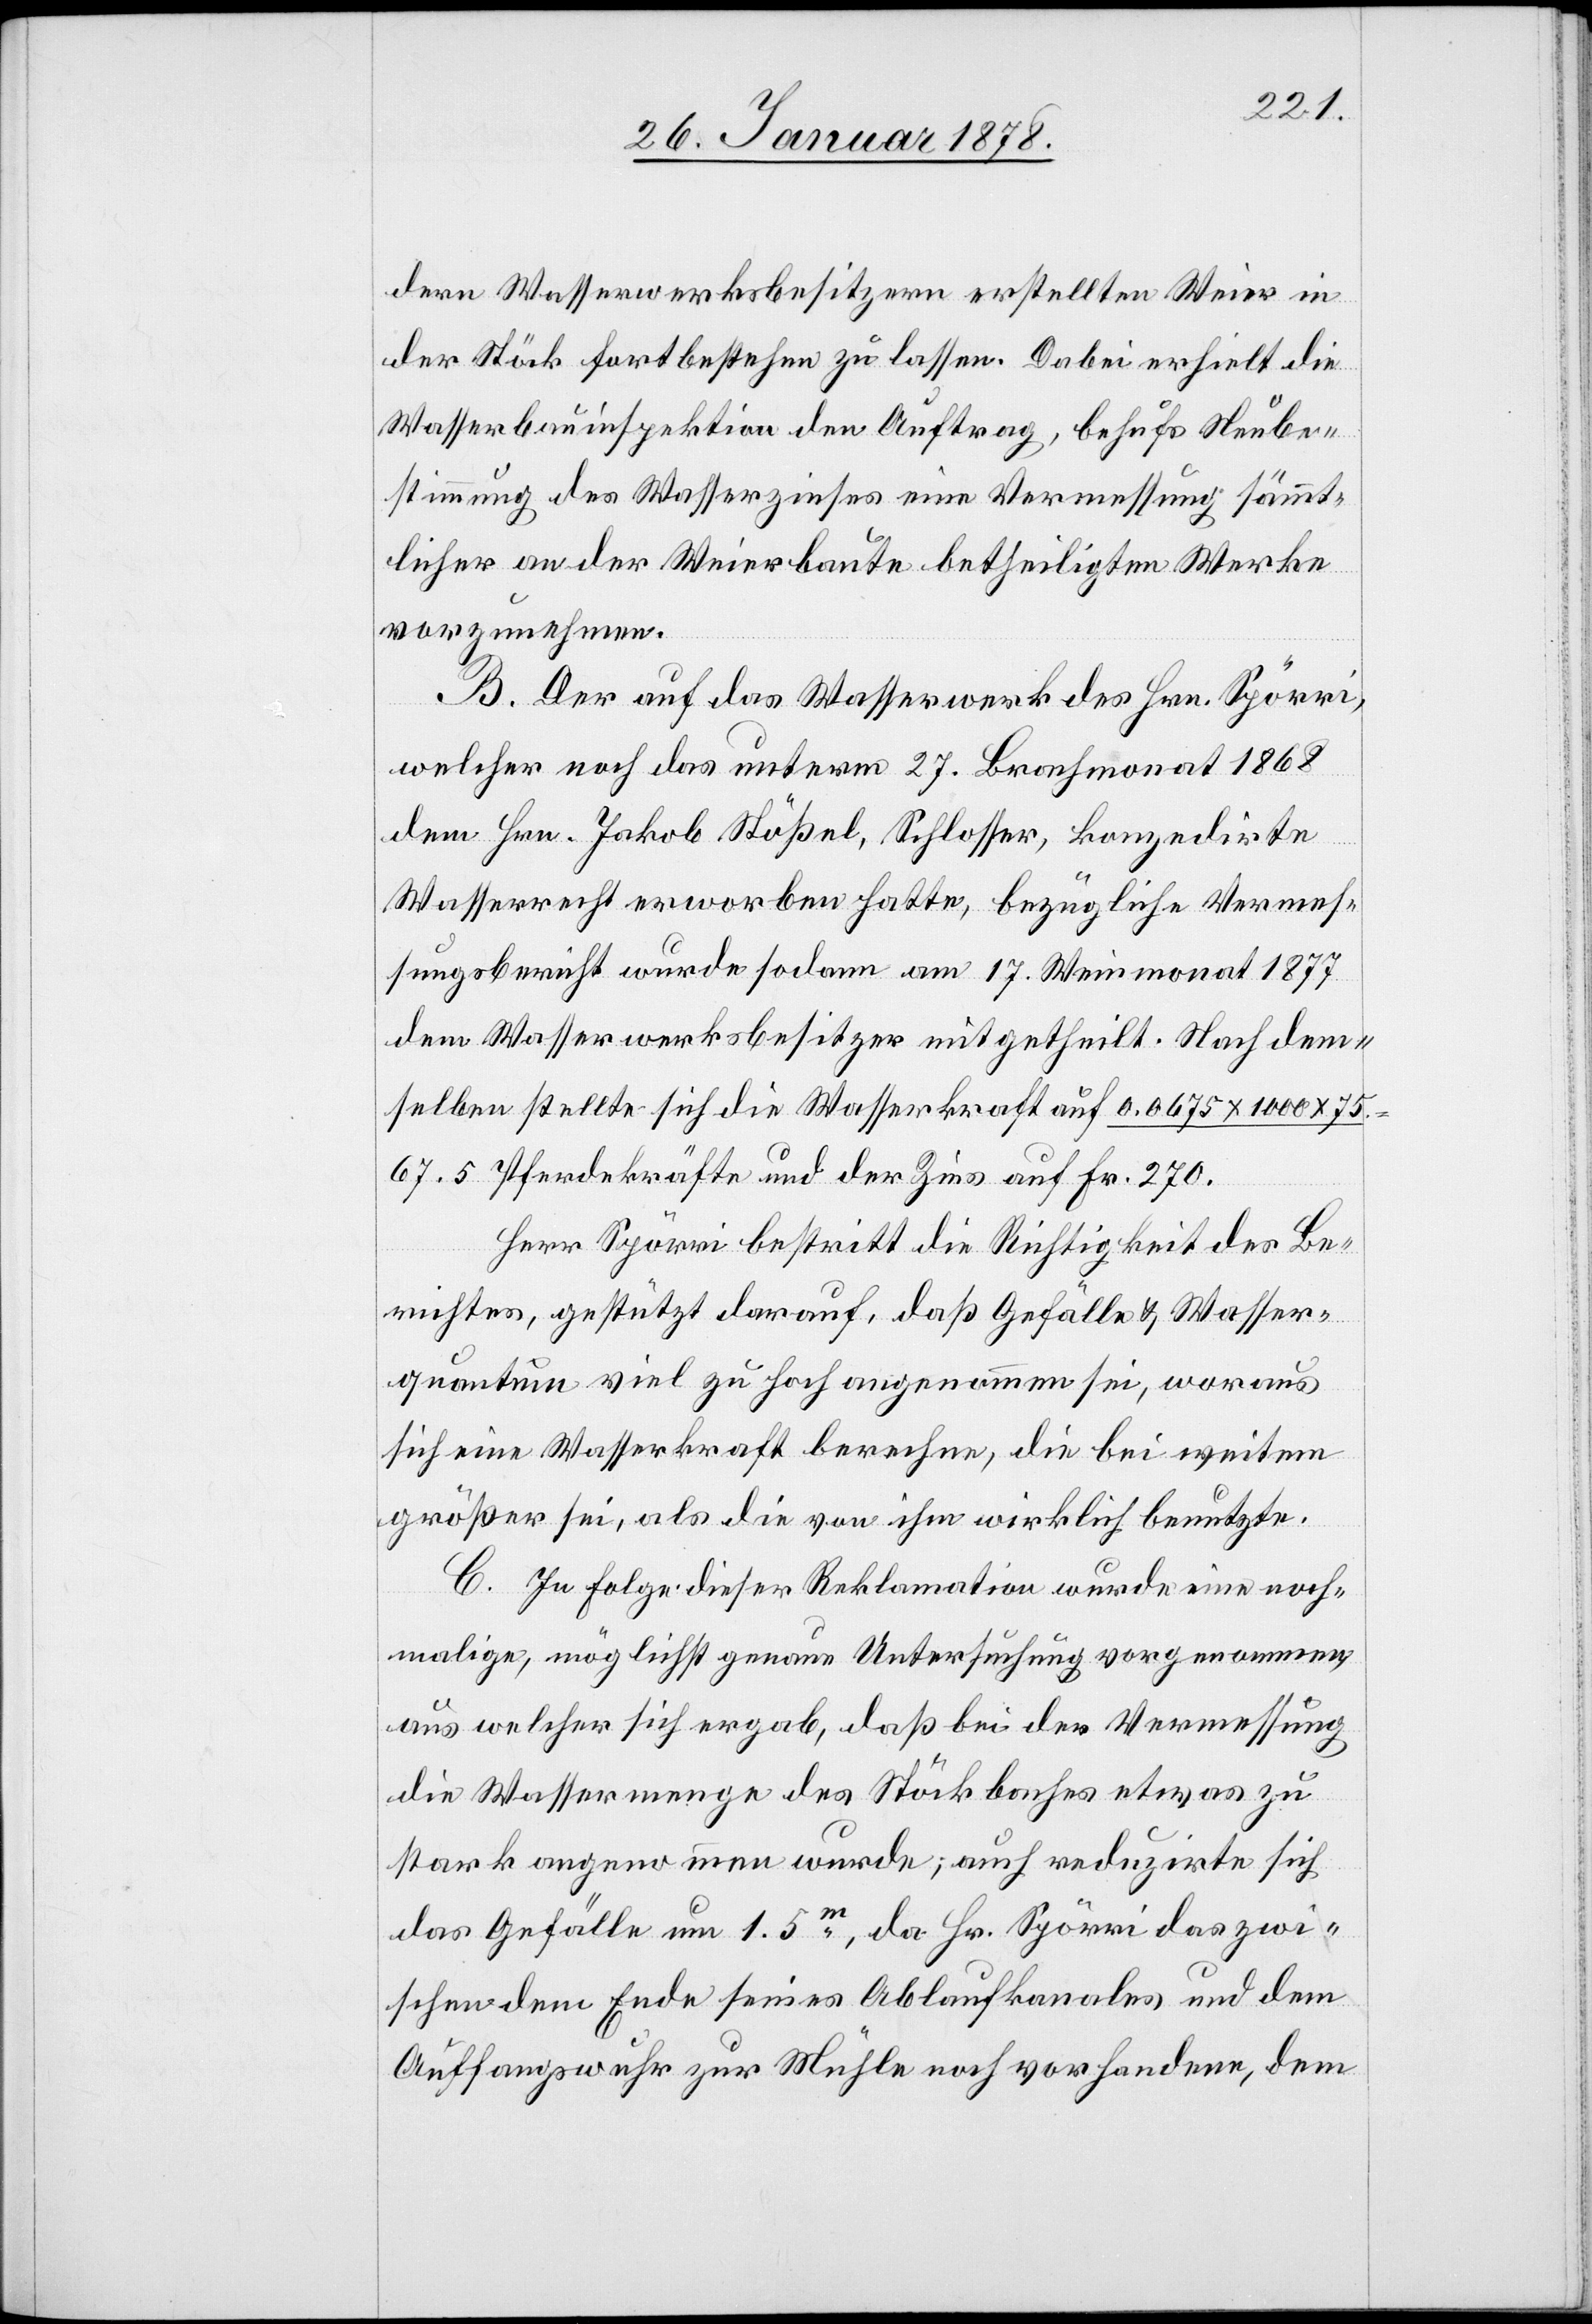
dern Wasserwerksbesitzern erstellten Weier in
der Stöck fortbestehen zu lassen. Dabei erhielt die
Wasserbauinspektion den Auftrag, behufs Neube¬
stimmung des Wasserzinses eine Vermessung sämmt¬
licher an der Weierbaute betheiligten Werke
vorzunehmen.
B. Der auf das Wasserwerk des Hrn. Spörri,
welcher noch das unterm 27. Brachmonat 1868
dem Hrn. Jakob Stößel, Schlosser, konzedirte
Wasserrecht erworben hatte, bezügliche Vermes¬
sungsbericht wurde sodann am 17. Weinmonat 1877
dem Wasserwerksbesitzer mitgetheilt. Nach dem¬
selben stellte sich die Wasserkraft auf 0.0675 x 1000 x 75
67.5 Pferdekräfte und der Zins auf Fr. 270.
Herr Spörri bestritt die Richtigkeit des Be¬
richtes, gestützt darauf, daß Gefälle & Wasser¬
quantum viel zu hoch angenommen sei, woraus
sich eine Wasserkraft berechne, die bei weitem
größer sei, als die von ihm wirklich benutzte.
C. In Folge dieser Reklamation wurde eine noch¬
malige, möglichst genaue Untersuchung vorgenommen,
aus welcher sich ergab, daß bei der Vermessung
die Wassermenge des Stöckbaches etwas zu
stark angenommen wurde; auch reduzirte sich
das Gefälle um 1.5 m, da Hr. Spörri das zwi¬
schen dem Ende seines Ablaufkanales und dem
Auffangswuhr zur Mühle noch vorhandene, dem